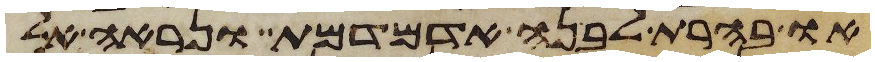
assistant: או בהרת לבנה אדמדמת ונראה אל